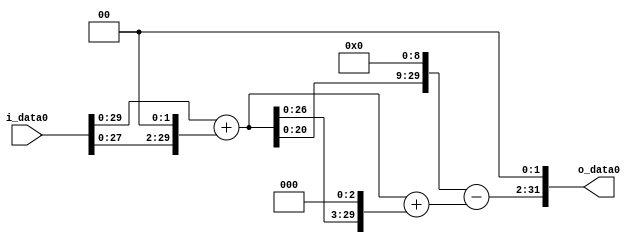
module multiplier_block_39 (
    i_data0,
    o_data0
);
  input   [31:0] i_data0;
  output  [31:0]
    o_data0;
  wire [31:0]
    w1,
    w4,
    w5,
    w40,
    w45,
    w2560,
    w2515,
    w10060;
  assign w1 = i_data0;
  assign w10060 = w2515 << 2;
  assign w2515 = w2560 - w45;
  assign w2560 = w5 << 9;
  assign w4 = w1 << 2;
  assign w40 = w5 << 3;
  assign w45 = w5 + w40;
  assign w5 = w1 + w4;
  assign o_data0 = w10060;
endmodule